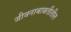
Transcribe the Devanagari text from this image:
जीवनाबाबतीतील